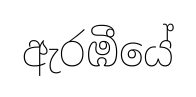
ඇරඹීයේ